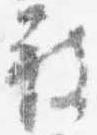
被